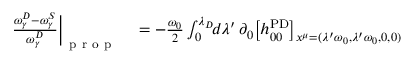
\begin{array} { r l } { \frac { \omega _ { \gamma } ^ { D } - \omega _ { \gamma } ^ { S } } { \omega _ { \gamma } ^ { D } } \bigg | _ { \mathrm { ~ p ~ r ~ o ~ p ~ } } } & { { } = - \frac { \omega _ { 0 } } { 2 } \int _ { 0 } ^ { \lambda _ { D } } \! \! d \lambda ^ { \prime } \, \partial _ { 0 } \big [ h _ { 0 0 } ^ { \mathrm { P D } } \big ] _ { x ^ { \mu } = ( \lambda ^ { \prime } \omega _ { 0 } , \lambda ^ { \prime } \omega _ { 0 } , 0 , 0 ) } } \end{array}